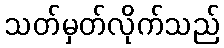
သတ်မှတ်လိုက်သည်